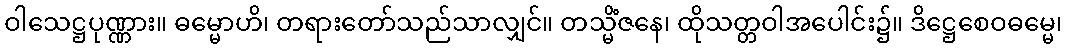
ဝါသေဋ္ဌပုဏ္ဏား။ ဓမ္မောဟိ၊ တရားတော်သည်သာလျှင်။ တသ္မိံဇနေ၊ ထိုသတ္တဝါအပေါင်း၌။ ဒိဋ္ဌေစေဝဓမ္မေ၊